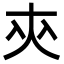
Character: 㚒